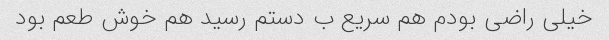
خیلی راضی بودم هم سریع ب دستم رسید هم خوش طعم بود